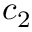
c _ { 2 }